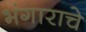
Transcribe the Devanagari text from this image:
भंगाराचे